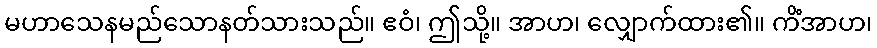
မဟာသေနမည်သောနတ်သားသည်။ ဧဝံ၊ ဤသို့။ အာဟ၊ လျှောက်ထား၏။ ကိံအာဟ၊